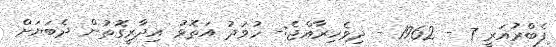
ފެބްރުއަރީ 7 - 1962 - ދިވެހިރާއްޖެ:- ހުވަދު އަތޮޅު އިދާރީގޮތުން ދެބަޔަށް